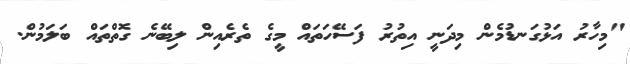
"މިހާރު އަޅުގަނޑުމެން މިދަނީ އިތުރު ފަސޭހަތައް މީގެ ތެރެއިން ލިބޭނެ ގޮތްތައް ބަލަމުން.